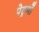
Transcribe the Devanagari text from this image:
पेट्रनों